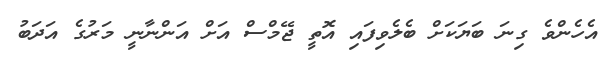
އެހެންވެ ގިނަ ބަޔަކަށް ބެލެވިފައި އޮތީ ޖޭމްސް އަށް އަންނާނީ މަރުގެ އަދަބު